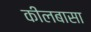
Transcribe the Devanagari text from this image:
कीलबासा